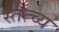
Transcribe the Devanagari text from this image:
स्तेत्च्य